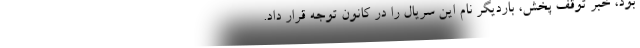
بود، خبر توقف پخش، باردیگر نام این سریال را در کانون توجه قرار داد.